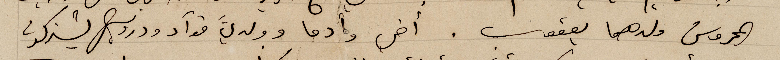
المحروس ولدهما يعقوب. أخي وأدما وولديَّ فوآد ودرويش يشتركون